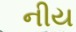
નીય